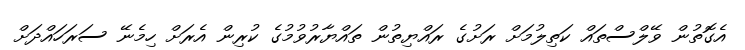
އެގޮތުން ވޭލްސްތައް ކަތިލުމަށް ރަށުގެ ރައްޔިތުން ތައްޔާރުވުމުގެ ކުރިން އެރަށް ހިމެނޭ ސަރަހައްދަށް